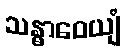
သန္ဓာဝေယျံ